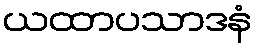
ယထာပသာဒနံ